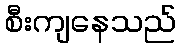
စီးကျနေသည်